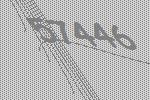
57446